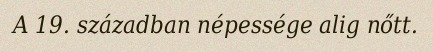
A 19. században népessége alig nőtt.